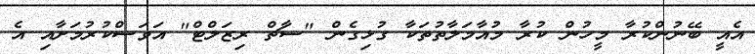
އެއީ ބޭނުންކުރާ މީހުން ކުރާ މުއާމަލާތުތަކާ ގުޅިގެން "ސާޗް ރިޒަލްޓް" އަވަސްކުރުމަށާއި އެ